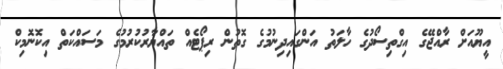
އީޔޫއަށް ރާއްޖޭގެ އިގްތިސޯދުގެ ހާލަތު އަންގައިދިނުމުގެ ގޮތުން ރިޕޯޓެއް ތައްޔާރުކުރުމުގެ މަސައްކަތް އިކޮނޮމިކް